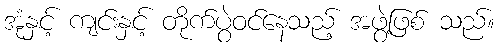
အုံနှင့် ကျင်းနှင့် တိုက်ပွဲဝင်နေသည့် အဖွဲ့ဖြစ် သည်။